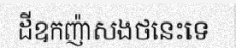
ដីឧកញ៉ាសងថនេះទេ